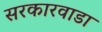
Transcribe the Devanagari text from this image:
सरकारवाडा